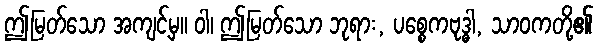
ဤမြတ်သော အကျင့်မှ။ ဝါ၊ ဤမြတ်သော ဘုရား, ပစ္စေကဗုဒ္ဓါ, သာဝကတို့၏